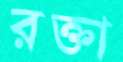
রক্তা